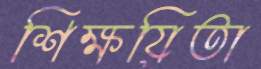
শিক্ষয়িতা